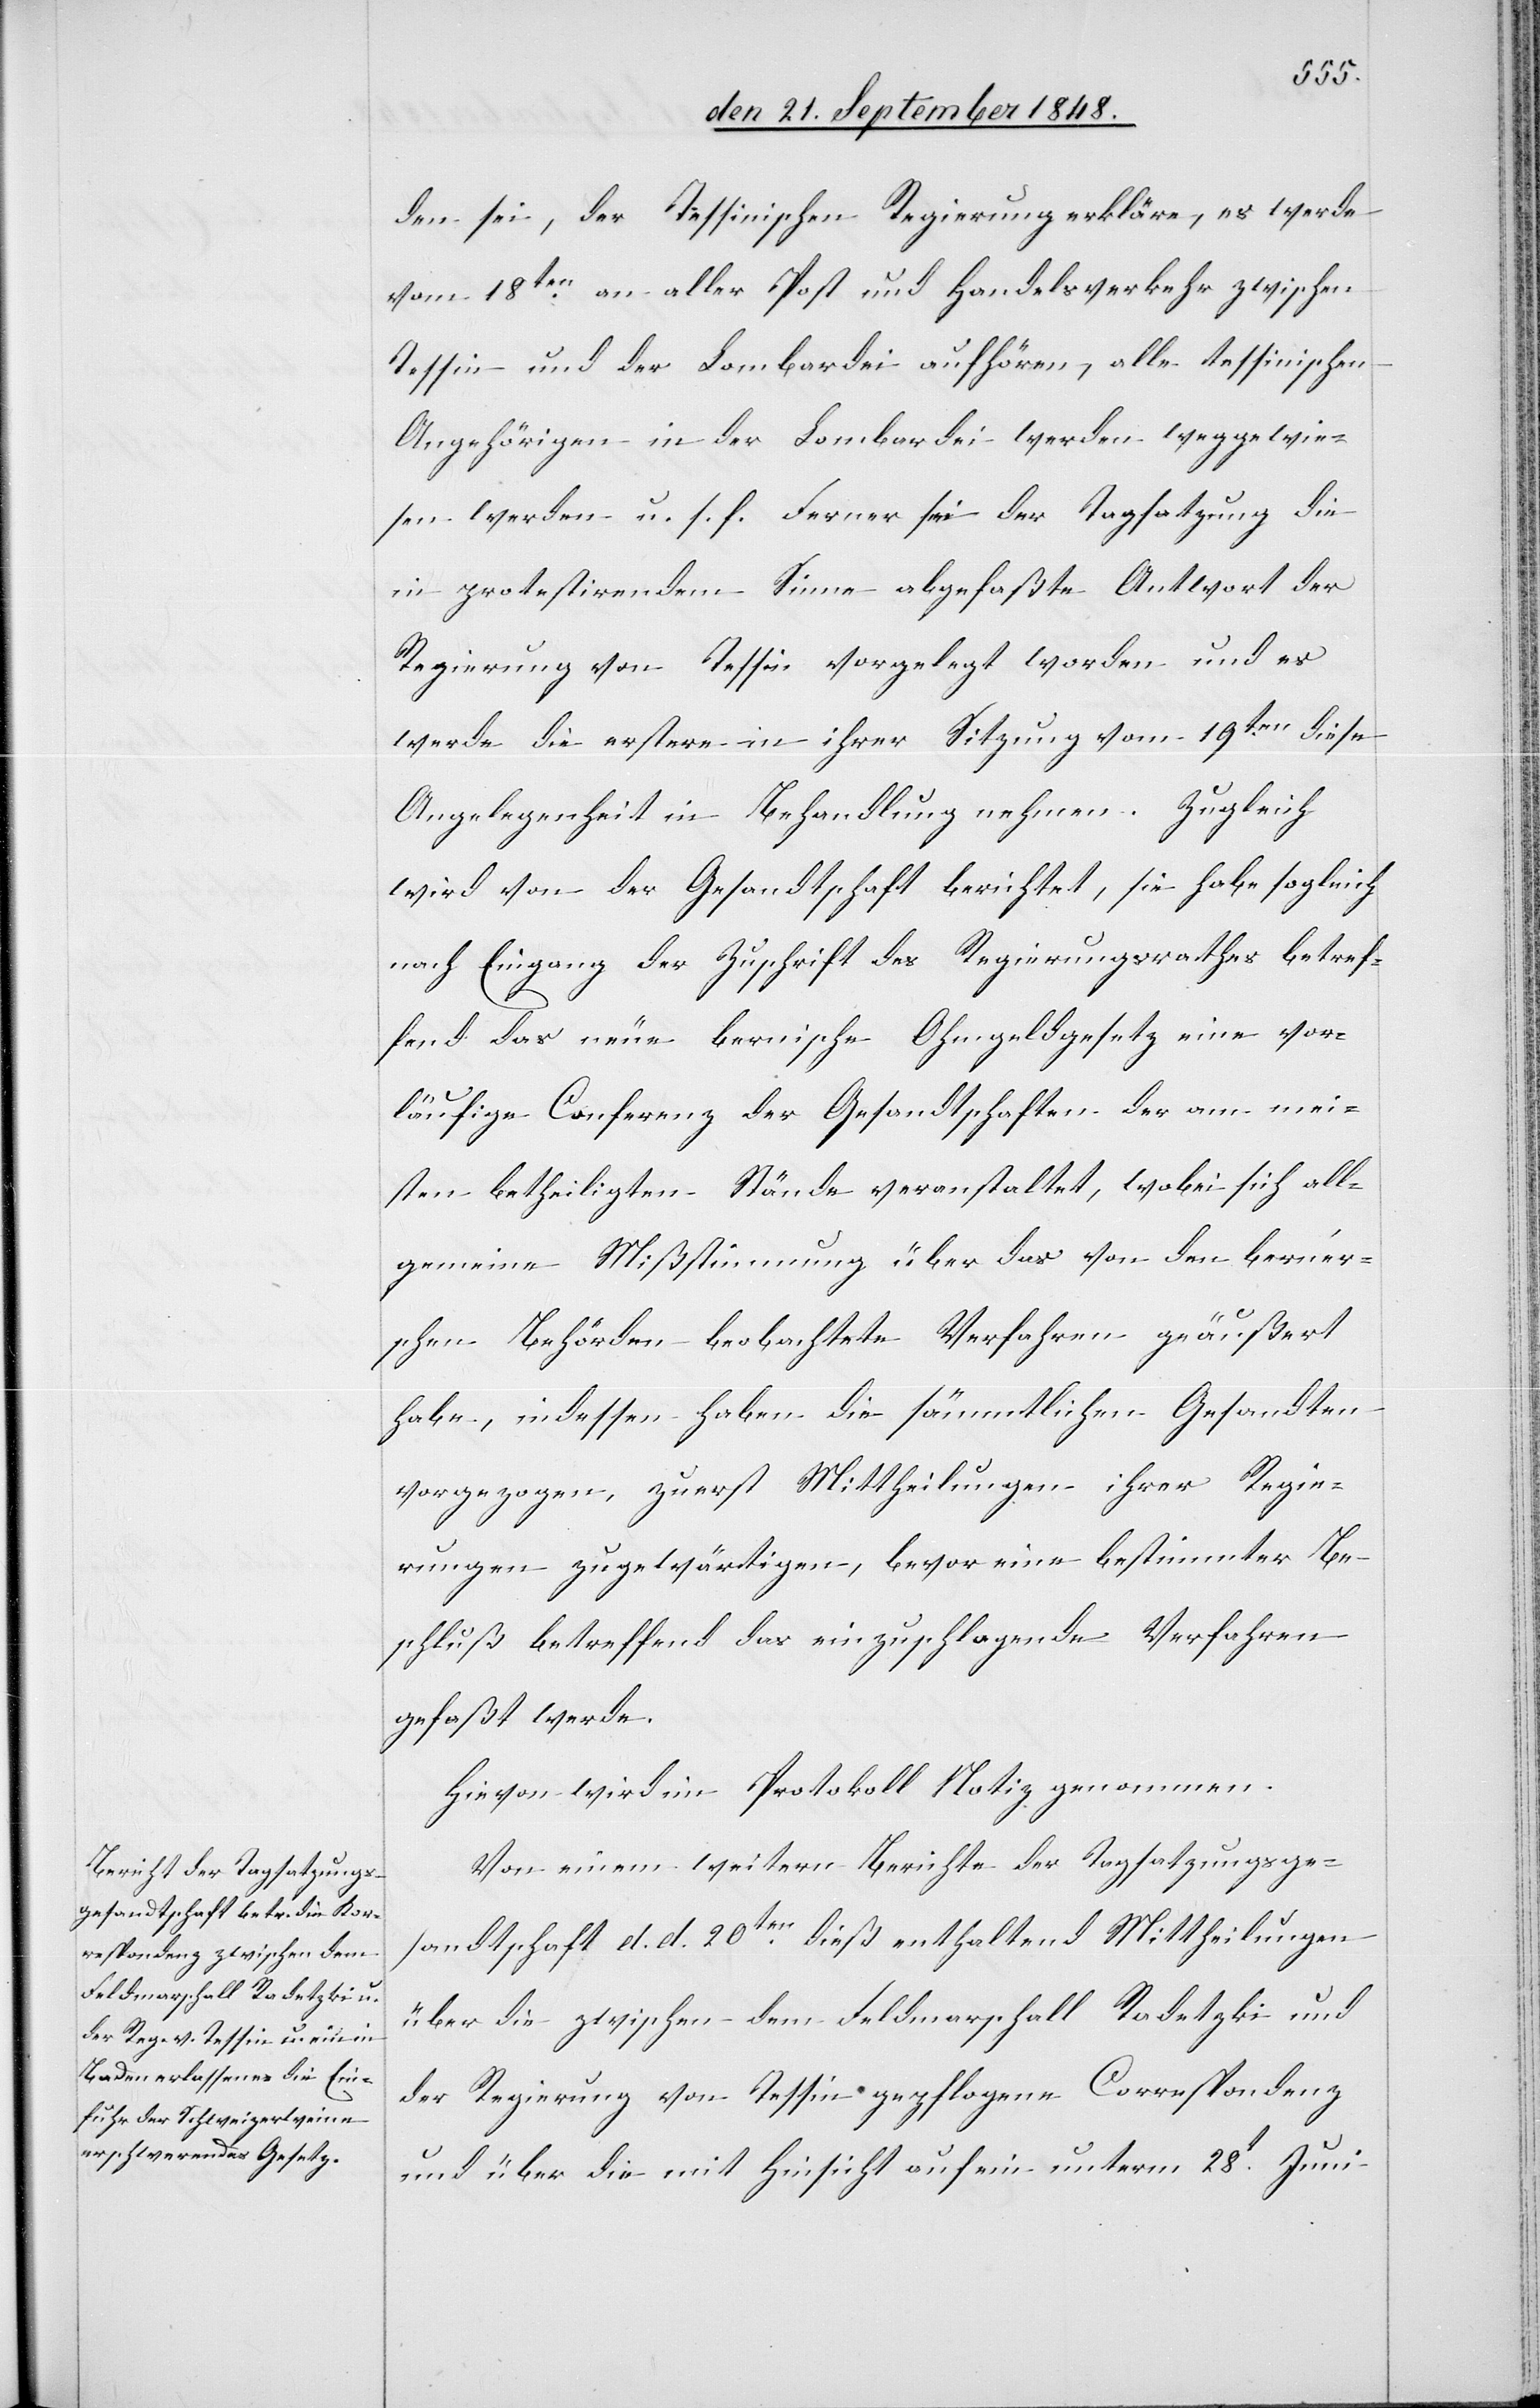
den sei, der Tessinischen Regierung erkläre, es werde
vom 18ten. an aller Post und Handelsverkehr zwischen
Tessin und der Lombardei aufhören, alle tessinischen
Angehörigen in der Lombardei werden weggewie¬
sen werden u. s. f. Ferner sei der Tagsatzung die
in protestirendem Sinne abgefaßte Antwort der
Regierung von Tessin vorgelegte worden und es
werde die erstere in ihrer Sitzung vom 19ten. diese
Angelegenheit in Behandlung nehmen. Zugleich
wird von der Gesandtschaft berichtet, sie habe sogleich
nach Eingang der Zuschrift des Regierungsrathes betref¬
fend das neue bernische Ohmgeldgesetz eine vor¬
läufige Conferenz der Gesandtschaften der am mei¬
sten betheiligten Stände veranstaltet, wobei sich all¬
gemeine Mißstimmung über das von den bern’er¬
schen Behörden beobachtete Verfahren geäußert
habe, indessen haben die sämmtlichen Gesandten
vorgezogen, zuerst Mittheilungen ihrer Regie¬
rungen zugewärtigen, bevor ein bestimmter Be¬
schluß betreffend das einzuschlagende Verfahren
gefaßt werde.
Hievon wird im Protokoll Notiz genommen.
Von einem weitern Berichte der Tagsatzungsge¬
sandtschaft d. d. 20ten. dieß enthaltend Mittheilungen
über die zwischen dem Feldmarschall Radetzki und
der Regierung von Tessin gepflogene Correspondenz
und über die mit Hinsicht auf ein unterm 28t. Juni